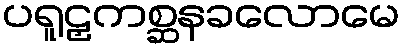
ပရူဠှကစ္ဆနခလောမေ